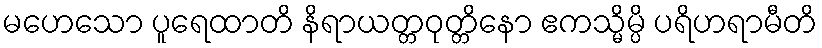
မဟေသော ပူရေထာတိ နိရာယတ္တဝုတ္တိနော ဧကသ္မိမ္ပိ ပရိဟရာမီတိ